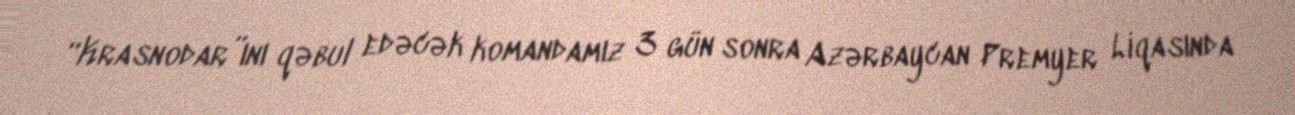
“Krasnodar”ını qəbul edəcək komandamız 3 gün sonra Azərbaycan Premyer Liqasında